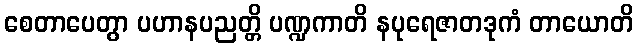
စေတာပေတွာ ပဟာနပညတ္တိ ပဏ္ဍကာတိ နပုရေဇာတဒုကံ တာယောတိ